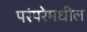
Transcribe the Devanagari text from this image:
परंपरेमधील